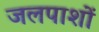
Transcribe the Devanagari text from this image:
जलपाशों